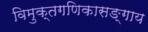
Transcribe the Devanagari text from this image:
विमुक्तगणिकासङ्गाय